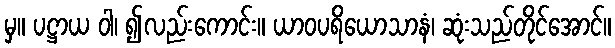
မှ။ ပဋ္ဌာယ ဝါ၊ ၍လည်းကောင်း။ ယာဝပရိယောသာနံ၊ ဆုံးသည်တိုင်အောင်။